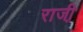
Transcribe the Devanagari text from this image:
राजी़